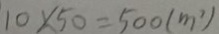
1 0 \times 5 0 = 5 0 0 ( m ^ { 2 } )